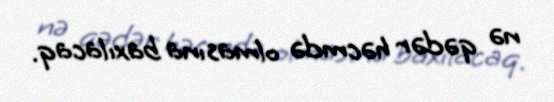
nə qədər həcmdə olmasına baxılacaq.